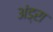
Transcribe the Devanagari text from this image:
अंड्रा